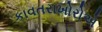
કાવતરાખોરોએ